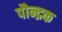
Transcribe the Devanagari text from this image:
पौन्द्रक